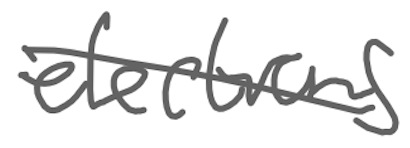
Text: elections
Cross-out: diagonal
Writing tool: digital_gray